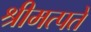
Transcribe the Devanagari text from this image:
श्रीमत्पते